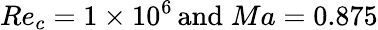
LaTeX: Re_{c}=1\times 10^{6}\, \mathrm{and}\; Ma=0.875